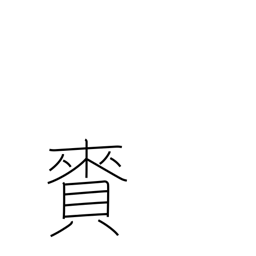
Meaning: gift